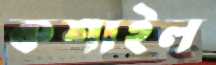
কশাইল